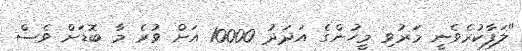
"ލަފާކުރެވެނީ މަރުވި މީހުންގެ އަދަދު 10000 އަށް ވުރެ މާ ބޮޑަށް ވެސް